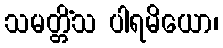
သမတ္တိံသ ပါရမိယော၊